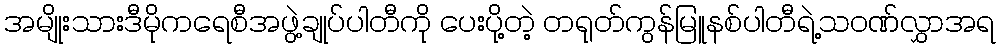
အမျိုးသားဒီမိုကရေစီအဖွဲ့ချုပ်ပါတီကို ပေးပို့တဲ့ တရုတ်ကွန်မြူနစ်ပါတီရဲ့သဝဏ်လွှာအရ